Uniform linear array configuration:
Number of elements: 48
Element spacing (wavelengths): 0.25
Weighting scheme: hamming
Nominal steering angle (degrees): -30
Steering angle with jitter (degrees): -28.985
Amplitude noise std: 0.05
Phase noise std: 0.05

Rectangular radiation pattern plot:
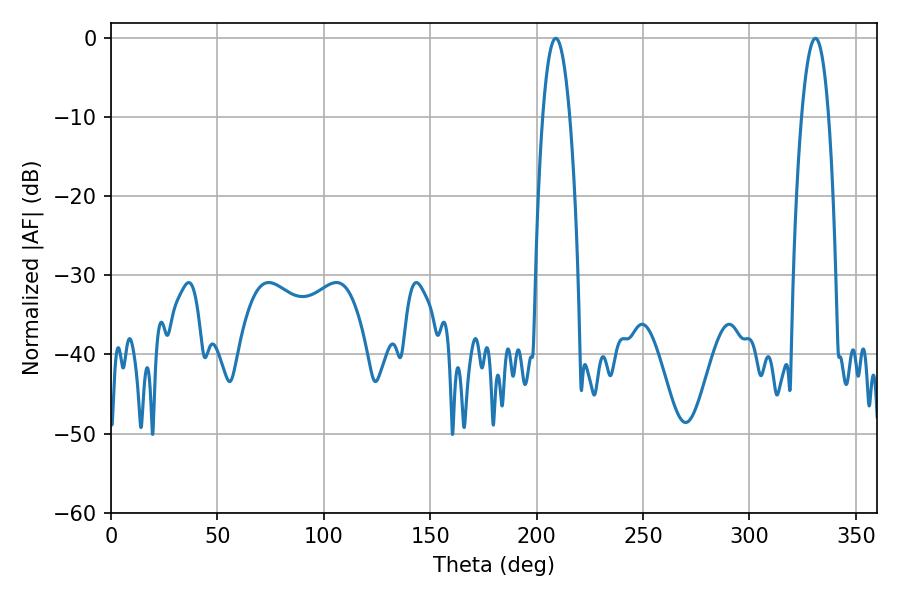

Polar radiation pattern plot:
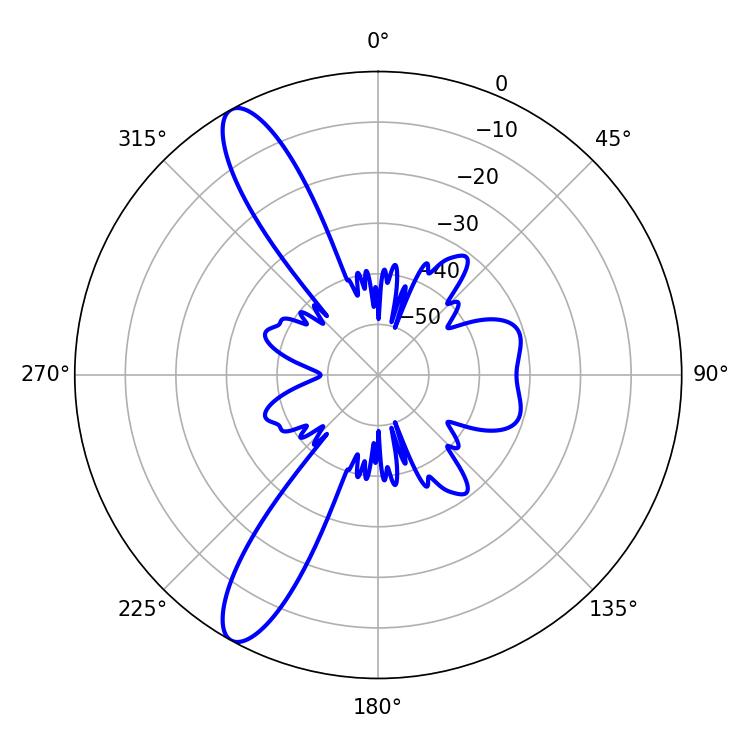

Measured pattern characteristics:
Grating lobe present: FALSE
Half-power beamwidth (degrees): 7.02
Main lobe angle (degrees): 208.98